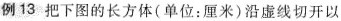
例13把下图的长方体（单位:厘米）沿虚线切开以